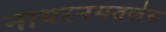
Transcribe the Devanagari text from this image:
नायरनमतलेस